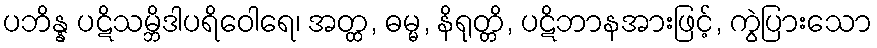
ပဘိန္န ပဋိသမ္ဘိဒါပရိဝေါရေ၊ အတ္ထ, ဓမ္မ, နိရုတ္တိ, ပဋိဘာနအားဖြင့်, ကွဲပြားသော